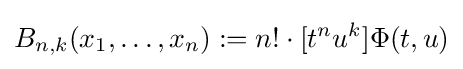
B_{n,k}(x_{1},\ldots ,x_{n}):=n!\cdot [t^{n}u^{k}]\Phi (t,u)